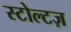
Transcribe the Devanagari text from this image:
स्टोल्टज़